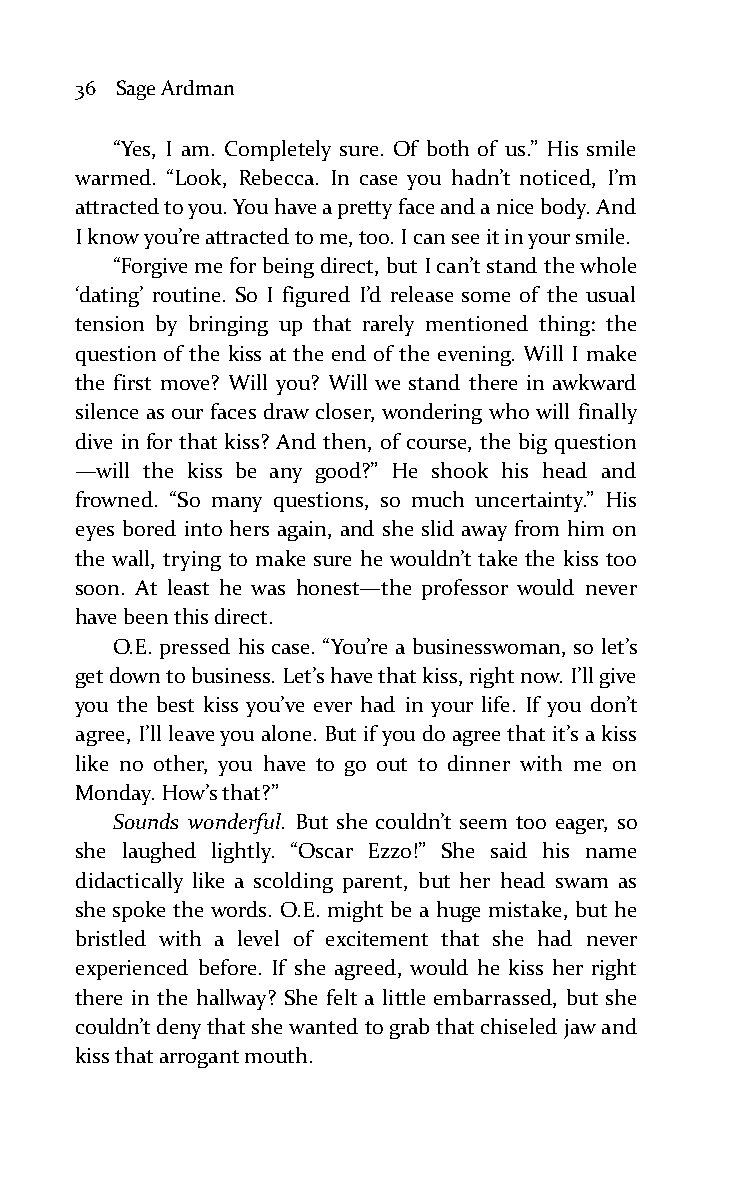
36 Sage Ardman
 “Yes, I am. Completely sure. Of both of us.” His smile
 warmed. “Look, Rebecca. In case you hadn’t noticed, I’m
 attracted to you. You have a pretty face and a nice body. And
 I know you’re attracted to me, too. I can see it in your smile.
 “Forgive me for being direct, but I can’t stand the whole
 ‘dating’ routine. So I figured I’d release some of the usual
 tension by bringing up that rarely mentioned thing: the
 question of the kiss at the end of the evening. Will I make
 the first move? Will you? Will we stand there in awkward
 silence as our faces draw closer, wondering who will finally
 dive in for that kiss? And then, of course, the big question
 —will the kiss be any good?” He shook his head and
 frowned. “So many questions, so much uncertainty.” His
 eyes bored into hers again, and she slid away from him on
 the wall, trying to make sure he wouldn’t take the kiss too
 soon. At least he was honest—the professor would never
 have been this direct.
 O.E. pressed his case. “You’re a businesswoman, so let’s
 get down to business. Let’s have that kiss, right now. I’ll give
 you the best kiss you’ve ever had in your life. If you don’t
 agree, I’ll leave you alone. But if you do agree that it’s a kiss
 like no other, you have to go out to dinner with me on
 Monday. How’s that?”
 Sounds wonderful. But she couldn’t seem too eager, so
 she laughed lightly. “Oscar Ezzo!” She said his name
 didactically like a scolding parent, but her head swam as
 she spoke the words. O.E. might be a huge mistake, but he
 bristled with a level of excitement that she had never
 experienced before. If she agreed, would he kiss her right
 there in the hallway? She felt a little embarrassed, but she
 couldn’t deny that she wanted to grab that chiseled jaw and
 kiss that arrogant mouth.